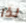
لذا